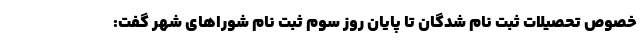
خصوص تحصیلات ثبت نام شدگان تا پایان روز سوم ثبت نام شوراهای شهر گفت: